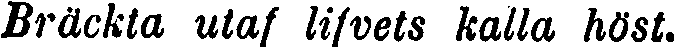
Bräckta utaf lifvets kalla höst.